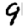
Digit: 9